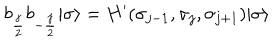
b _ { { \frac { j } { 2 } } } b _ { - { \frac { j } { 2 } } } | \sigma \rangle = H ^ { \prime } ( \sigma _ { j - 1 } , \sigma _ { j } , \sigma _ { j + 1 } ) | \sigma \rangle